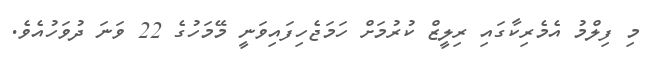
މި ފިލްމު އެމެރިކާގައި ރިލީޒް ކުރުމަށް ހަމަޖެހިފައިވަނީ މޭމަހުގެ 22 ވަނަ ދުވަހުއެވެ.